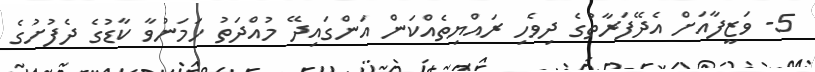
5- ވަޒީފާއަށް އެދޭފަރާތުގެ ދިވެހި ރައްޔިތެއްކަން އަންގައިދޭ މުއްދަތު ހަމަނުވާ ކާޑުގެ ދެފުށުގެ